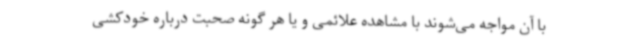
با آن مواجه می‌شوند با مشاهده علائمی و یا هر گونه صحبت درباره خودکشی